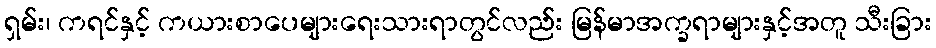
ရှမ်း၊ ကရင်နှင့် ကယားစာပေများရေးသားရာတွင်လည်း မြန်မာအက္ခရာများနှင့်အတူ သီးခြား